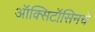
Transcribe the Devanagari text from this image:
ऑक्सिटॉसिनचे